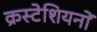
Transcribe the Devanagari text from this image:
क्रस्टेशियनों